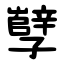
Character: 孼